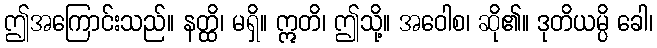
ဤအကြောင်းသည်။ နတ္ထိ၊ မရှိ။ ဣတိ၊ ဤသို့။ အဝေါစ၊ ဆို၏။ ဒုတိယမ္ပိ ခေါ၊